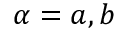
\alpha = a , b